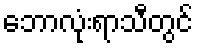
ဘောလုံးရာသီတွင်